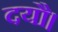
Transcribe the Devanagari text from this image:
दयौ।